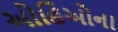
ઓહિઓના